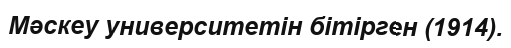
Мәскеу университетін бітірген (1914).